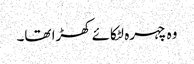
وہ چہرہ لٹکائے کھڑا تھا۔